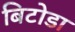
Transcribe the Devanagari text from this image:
बिटोडा